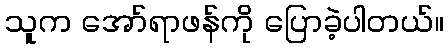
သူက အော်ရာဖန်ကို ပြောခဲ့ပါတယ်။